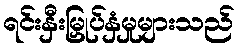
ရင်းနှီးမြှုပ်နှံမှုများသည်